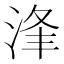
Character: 浲